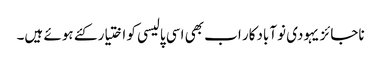
ناجائز یہودی نوآبادکار اب بھی اسی پالیسی کو اختیار کئے ہوئے ہیں۔